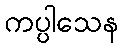
ကပ္ပါသေန